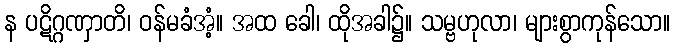
န ပဋိဂ္ဂဏှာတိ၊ ဝန်မခံအံ့။ အထ ခေါ၊ ထိုအခါ၌။ သမ္ဗဟုလာ၊ များစွာကုန်သော။